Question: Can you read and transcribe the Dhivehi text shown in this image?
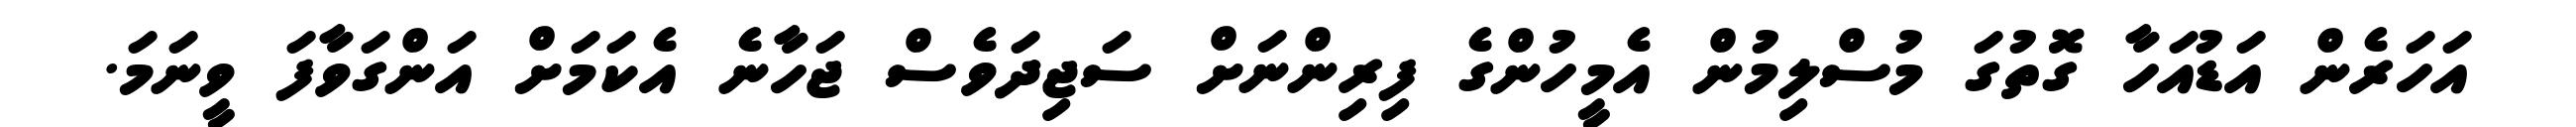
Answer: އަހަރެން އަޑުއަހާ ގޮތުގަ މުސްލިމުން އެމީހުންގެ ފިރިންނަށް ސަޖިދަވެސް ޖަހާނެ އެކަމަށް އަންގަވާފަ ވީނަމަ.